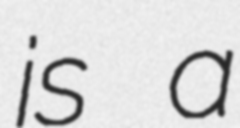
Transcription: is a